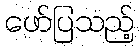
ဖော်ပြသည့်